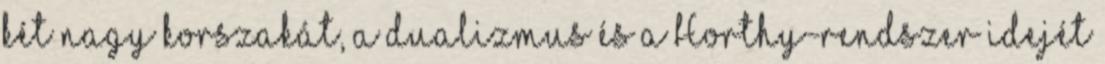
két nagy korszakát, a dualizmus és a Horthy-rendszer idejét